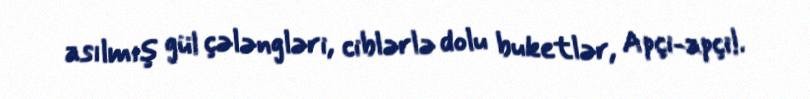
asılmış gül çələngləri, ciblərlə dolu buketlər, Apçi-apçi!.